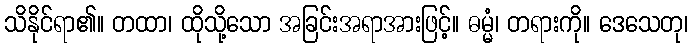
သိနိုင်ရာ၏။ တထာ၊ ထိုသို့သော အခြင်းအရာအားဖြင့်။ ဓမ္မံ၊ တရားကို။ ဒေသေတု၊